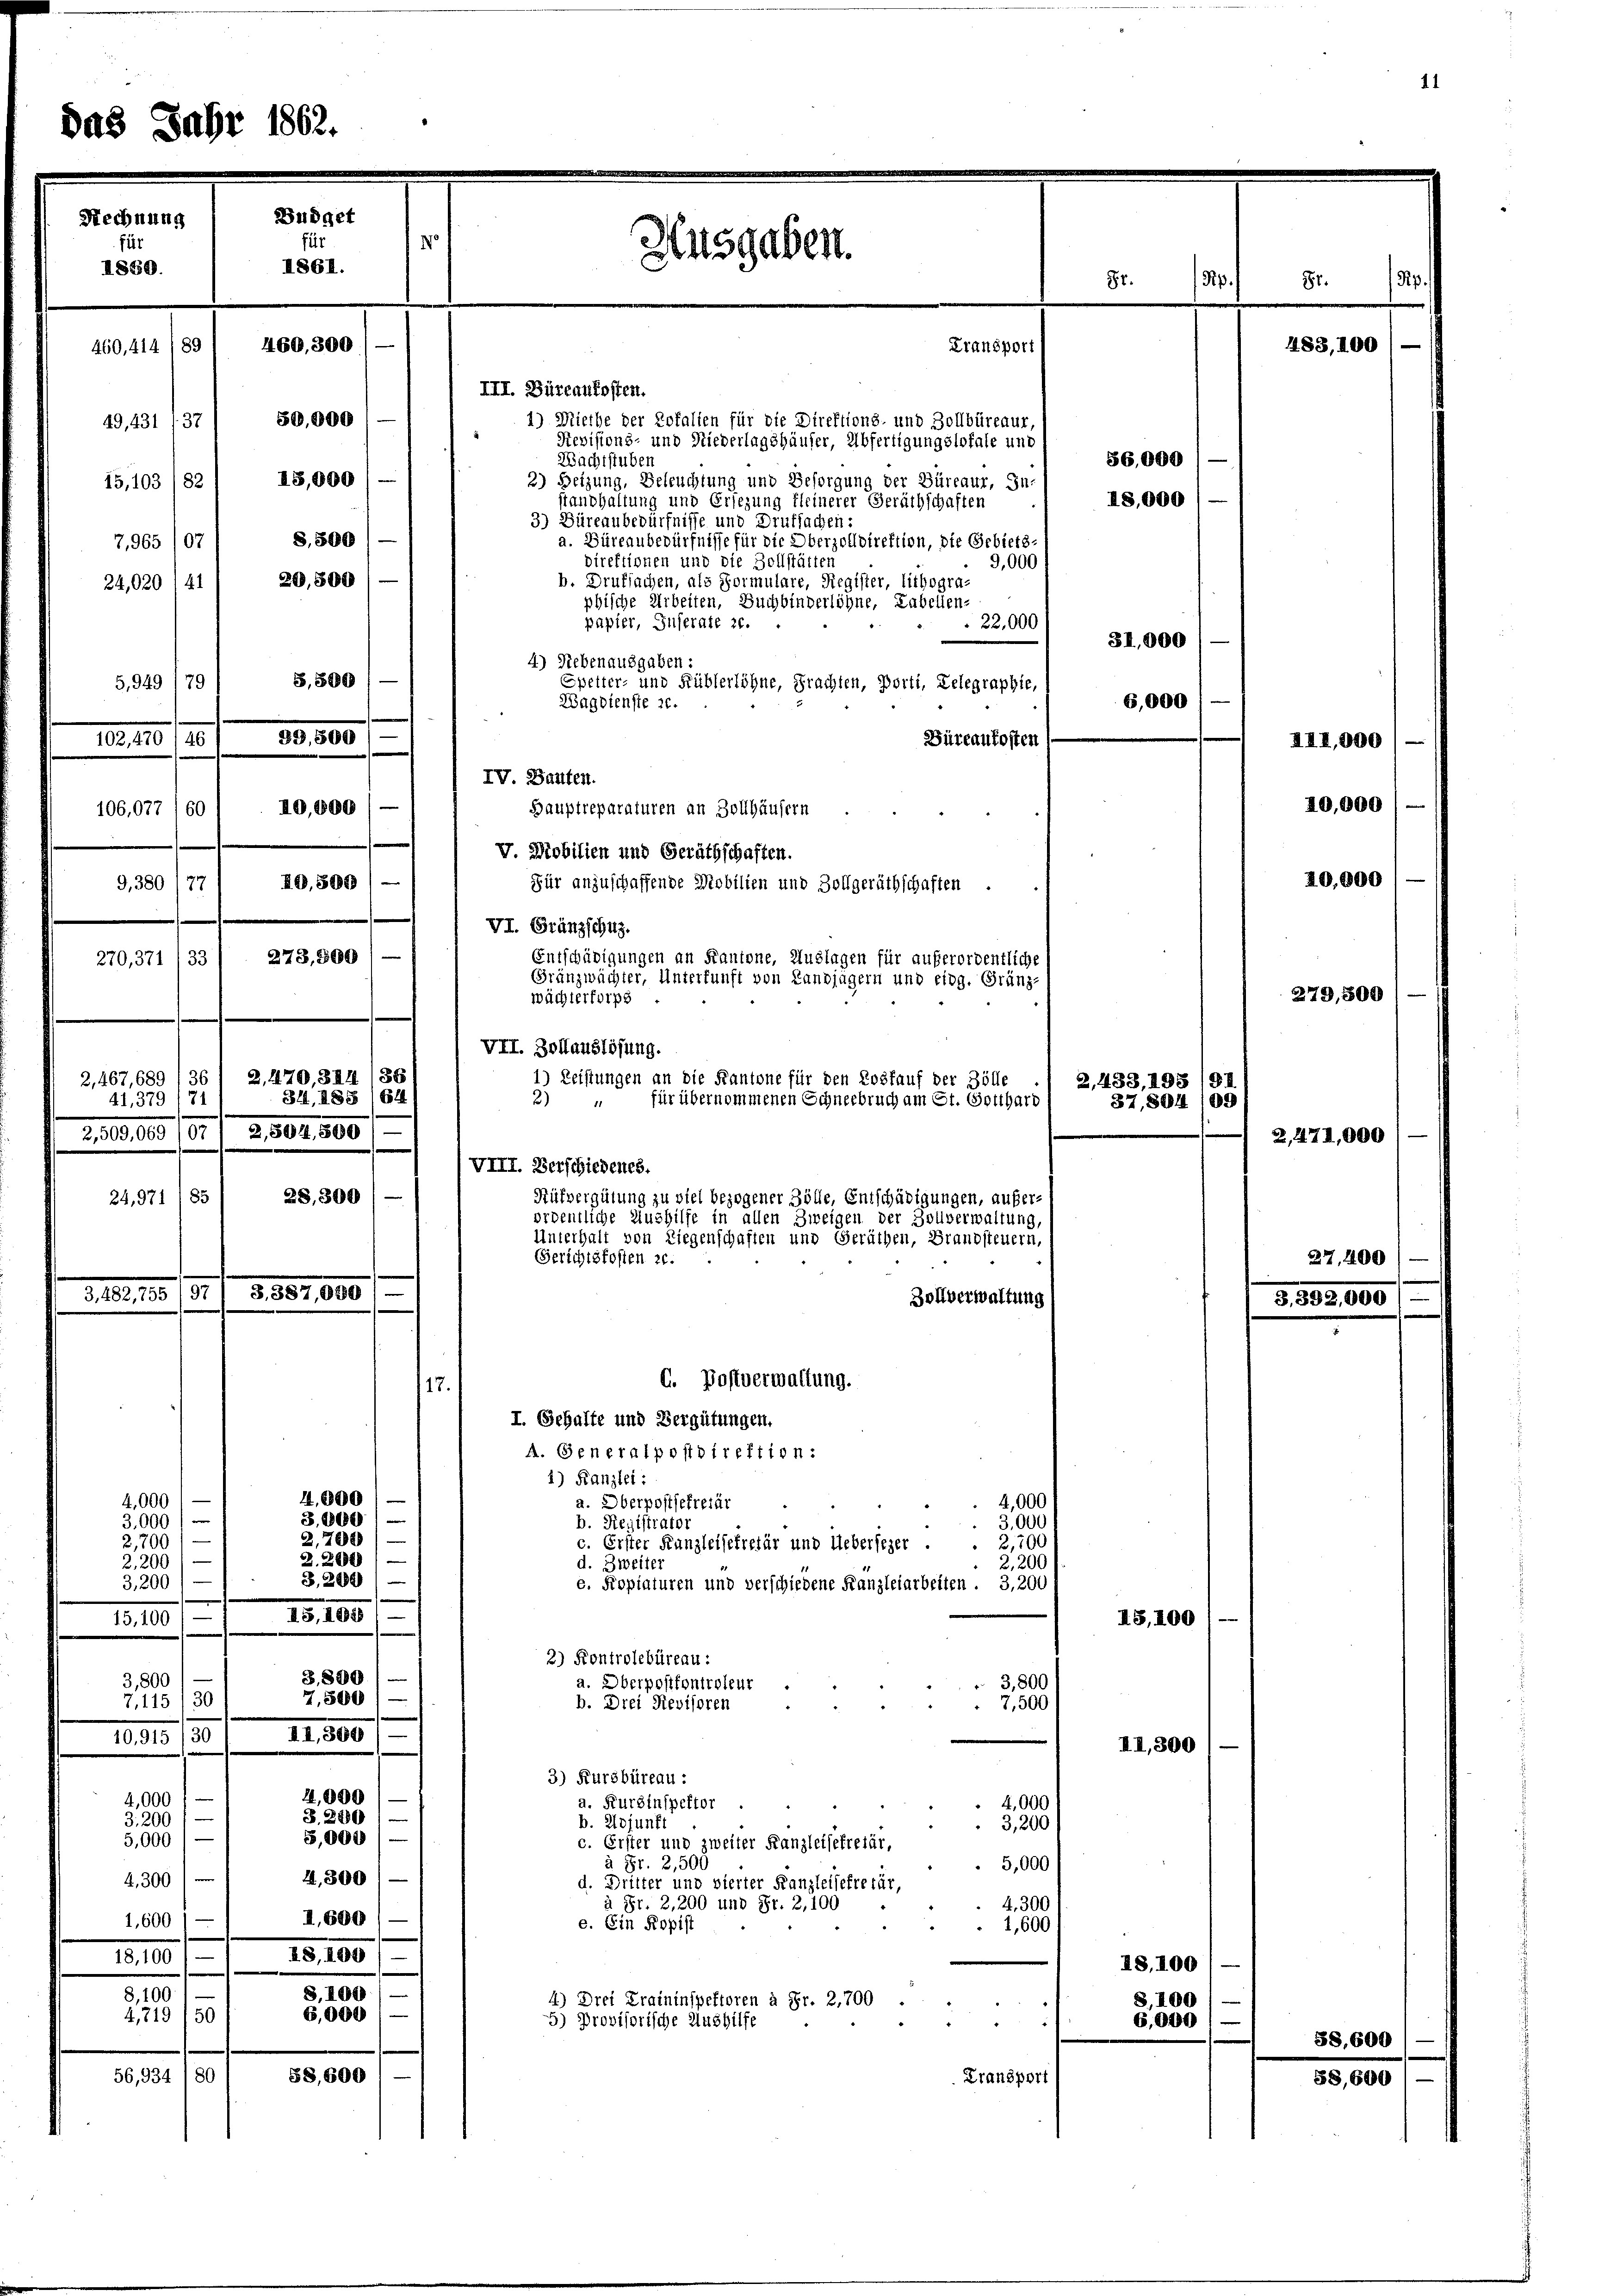
De

das
460,300

III. Büreaukosten.
50,00
1) Miethe der Dotalien für die Direktions- und Zollbüreaur
Revisions- und Niederlagshäuser, Abfertigungslokale und
Wachtstuben
25,00
2) Heizung, Beleuchtung und Besorgung der Büreaur, In-
Tandhaltung und Ersezung kleinerer Geräthschaften
3) Büreaubedürfnisse und Drufsachen:
a. Büreaubedürfnisse für die Oberzolldirektion, die Gebiets
B,89
direktionen und die Zollstätten
9,000
D.50
b. Drufsachen, als Formulare, Register, lithogra-
phische Arbeiten, Buchbinderlöhne, Labellen-
papier, Inserate 20.
22,000
4) Nebenausgaben:
Spetter- und Küblerlöhne, Frachten, Porti, Gelegraphie,
Wagdienste 21.
6
Büreaukosten
IV. Bauten.
Hauptreparaturen an Zollhäusern
V. Mobilien und Geräthschaften.
Für anzuschaffende Mobilien und Zollgeräthschaften
VI. Gränzschuz.
Entschädigungen an Kantone, Auslagen für außerordentliche
Gränzwächter, Unterfunft von Landjägern und eidg. Gränz-
wächterforps
VII. Zollauslösung.
1) Leistungen an die Kantone für den Loskauf der Zölle
für übernommenen Schneebruch am St. Gotthard,
Rütvergütung zu viel bezogener Zölle, Entschädigungen, auferordentliche Aushilfe in allen Zweigen der Bouverwaltung,
Unterhalt von Liegenschaften und Geräthen, Brandsteuern,
Zollverwaltung
C. Postverwaltung.
17.
I. Gehalte und Vergütungen.
A. Generalpostdirektion:
1) Kanzlei:
0
a. Oberpostsefreiur
4,000
b. Registrator
3,000
2,200
c. Erster Kanzleisekretär und Uebersezer
5
d. Zweiter
2,200
1800
26
e. Kopiaturen und verschiedene Kanzleiarbeiten . 3,200
5,108
2) Kontrolebüreau.
S.890
a. Oberpostkontroleur
3,800
7,500,
115/3
b. Drei Revisoren
7,500
II,300
10,915 /31
3) Kursbüreau :
4,000
40
a. Kursinspektor
4,000
3. 2850
3,200
b. Adjunft
3,200
5,000
5,000
c. Erster und zweiter Kanzleisekretär,
à Fr. 2,500
5,000
4,300
4,300
d. Dritter und vierter Kanzleisekretär,
4.300
à Fr. 2,200 und Fr. 2, 100
II. 600
1,600
e. Ein Kopist
1,600
28, 190
18,100 1
S. 100
8,100
4) Drei Kraininspektoren à Fr. 2,700
6,000
4,719/50
5) Provisorische Aushilfe
2
58, 600
56,934/80
Transport

65/0
1
24,020

5,949
102,4701.
106,077 160

20.
7.
III 186
64.
500
300
57,030

9,381

1

VIII. Verschiedenes.
Gerichtskosten zu.

Ausgaben.

Transport

56,000
18,000
31,000
6,000

.

2, 433, 195
37,804

I5,100

II,300

18. 100
8,100
6,000

Pip.

483, 100

2.

88
09

III,800)
10,000

8

20,000

58, 6

279,500
2,471,000